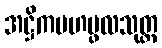
အဋ္ဌိကမဟပ္ဖလသုတ္တ